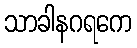
သာခါနဂရကေ